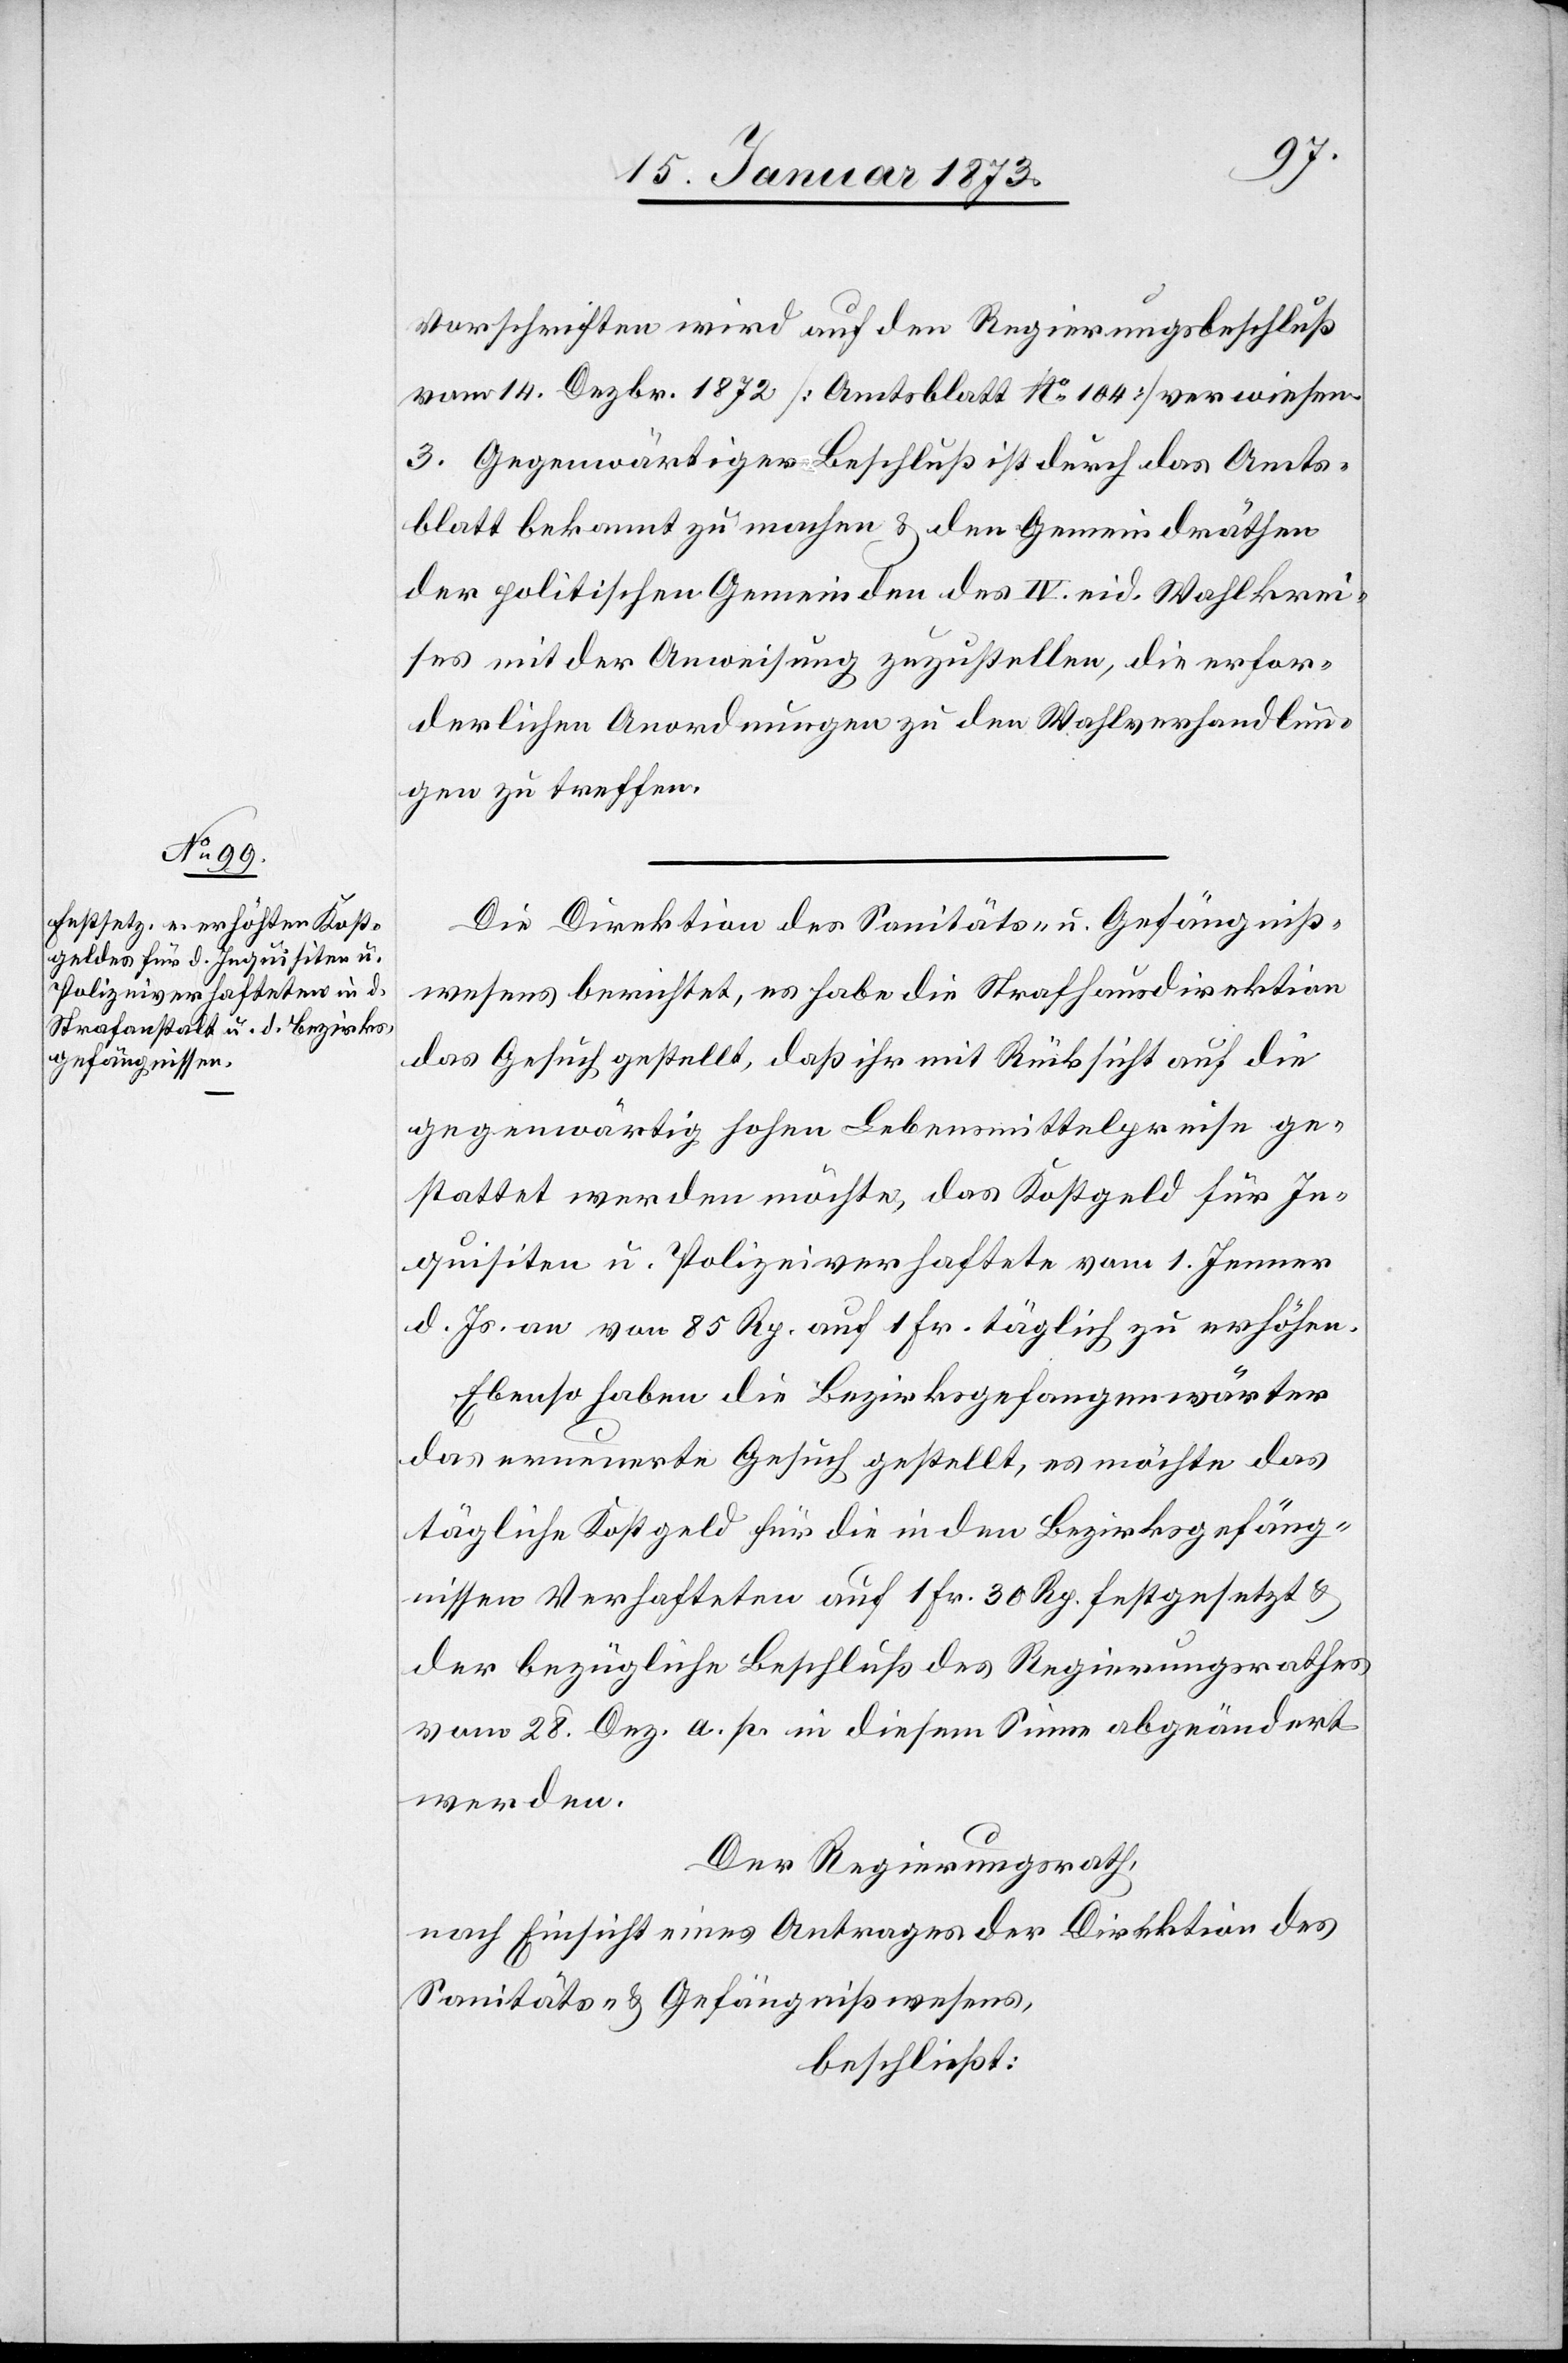
Vorschriften wird auf den Regierungsbeschluß
vom 14. Dezbr. 1872 [Amtsblatt No 104] verwiesen.
3. Gegenwärtiger Beschluß ist durch das Amts¬
blatt bekannt zu machen u. den Gemeindräthen
der politischen Gemeinden des IV. eid. Wahlkrei¬
ses mit der Anweisung zuzustellen, die erfor¬
derlichen Anordnungen zu den Wahlverhandlun¬
gen zu treffen.
Die Direktion des Sanitäts- und Gefängniß¬
wesens berichtet, es habe die Strafhausdirektion
das Gesuch gestellt, daß ihr mit Rücksicht auf die
gegenwärtig hohen Lebensmittelpreise ge¬
stattet werden möchte, das Kostgeld für In¬
quisiten u. Polizeiverhaftete vom 1. Jenner
d. Js. an von 85 Rp. auf 1 Fr. täglich zu erhöhen.
Ebenso haben die Bezirksgefangenwärter
das erneuerte Gesuch gestellt, es möchte das
tägliche Kostgeld für die in den Bezirksgefäng¬
nissen Verhafteten auf 1 Fr. 30 Rp. festgesetzt u.
der bezügliche Beschluß des Regierungsrathes
vom 28. Dez. a. p. in diesem Sinne abgeändert
werden.
Der Regierungsrath,
nach Einsicht eines Antrages der Direktion des
Sanitäts- u. Gefängnißwesens,
beschließt: